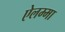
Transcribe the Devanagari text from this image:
ऐलम्मा